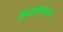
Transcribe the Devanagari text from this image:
मैदानावरुन